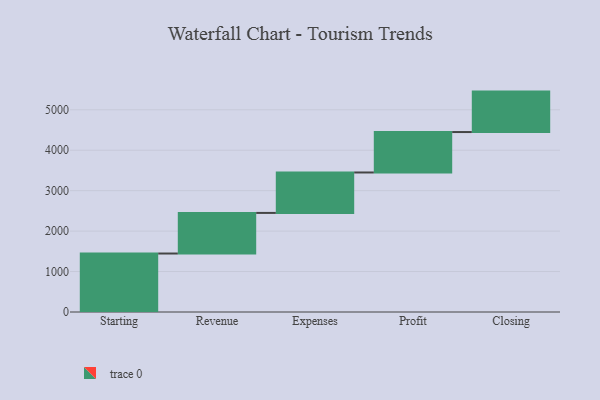
{"axis": {"x": "Step", "y": "Value"}, "legend": [""], "data": [{"x": "Starting", "y": 1446.0, "type": ""}, {"x": "Revenue", "y": 1004.0, "type": ""}, {"x": "Expenses", "y": 1000, "type": ""}, {"x": "Profit", "y": 1000, "type": ""}, {"x": "Closing", "y": 1000, "type": ""}]}